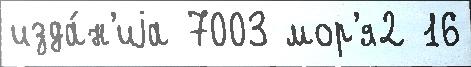
изда́н'иjа 7003 мор'я2 16